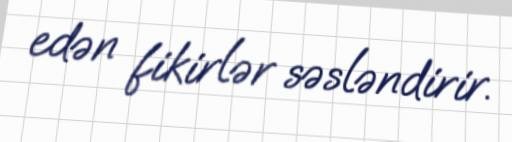
edən fikirlər səsləndirir.